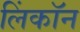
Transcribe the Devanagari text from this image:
लिंकॉन